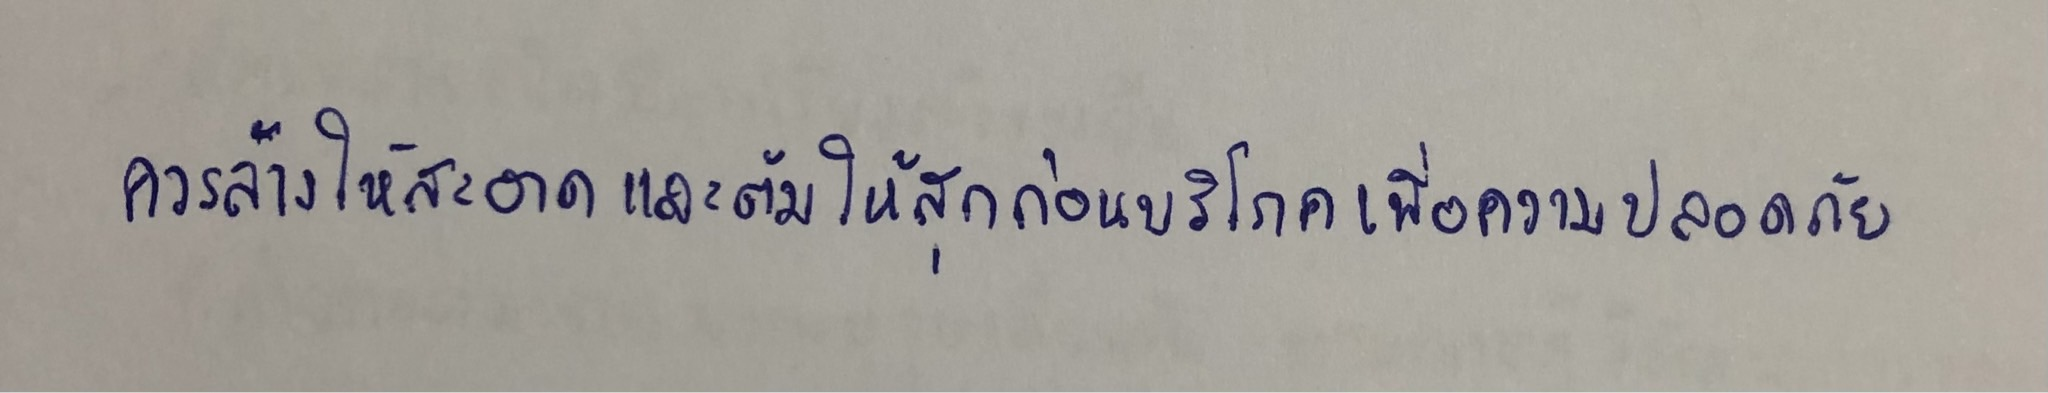
ควรล้างให้สะอาดและต้มให้สุกก่อนบริโภคเพื่อความปลอดภัย